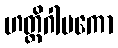
ဟတ္ထိဂါမကော